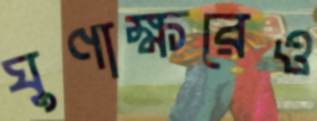
ঘুণাক্ষরেও